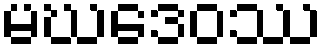
မဃဒေဝဿ